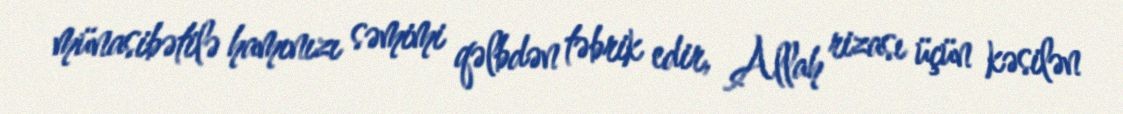
münasibətilə hamınızı səmimi qəlbdən təbrik edir, Allah rizası üçün kəsilən